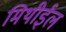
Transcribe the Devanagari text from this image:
मिथीईल